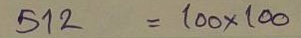
512 = 100x100